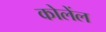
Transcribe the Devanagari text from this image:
कोलेंल